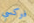
فوكسي